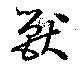
獣